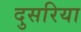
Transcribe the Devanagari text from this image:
दुसरिया